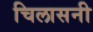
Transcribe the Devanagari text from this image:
चिलासनी